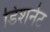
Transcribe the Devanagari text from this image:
डिशनेट